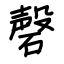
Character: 磬